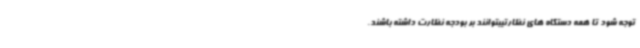
توجه شود تا همه دستگاه های نظارتیبتوانند بر بودجه نظارت داشته باشند.